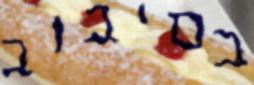
בסיבוב